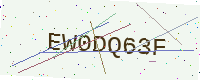
Text: EW0DQ63F